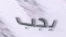
يجب